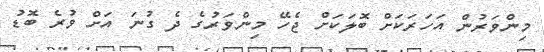
މިންވަރުން އަހަރަކަށް ބޮލަކަށް ޖެހޭ މިންވަރުގެ ދެ ގުނަ އަށް ވުރެ ބޮޑު